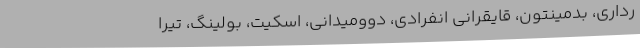
رداری، بدمینتون، قایقرانی انفرادی، دوومیدانی، اسکیت، بولینگ، تیرا